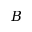
B